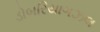
ડોબરિયાગઝલ